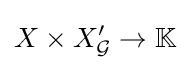
X\times X'_{\mathcal {G}}\to \mathbb {K}